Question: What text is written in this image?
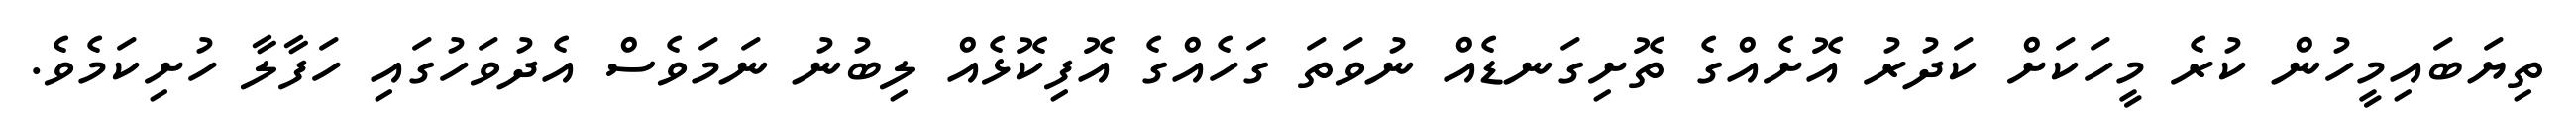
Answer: ތިޔަބައިމީހުން ކުރެ މީހަކަށް ކަދުރު އޮށެއްގެ ތޮށިގަނޑެއް ނުވަތަ ގަހެއްގެ އޮފިކޮޅެއް ލިބުނު ނަމަވެސް އެދުވަހުގައި ހަފާލާ ހުށިކަމެވެ.